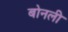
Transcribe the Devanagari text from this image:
बोनली